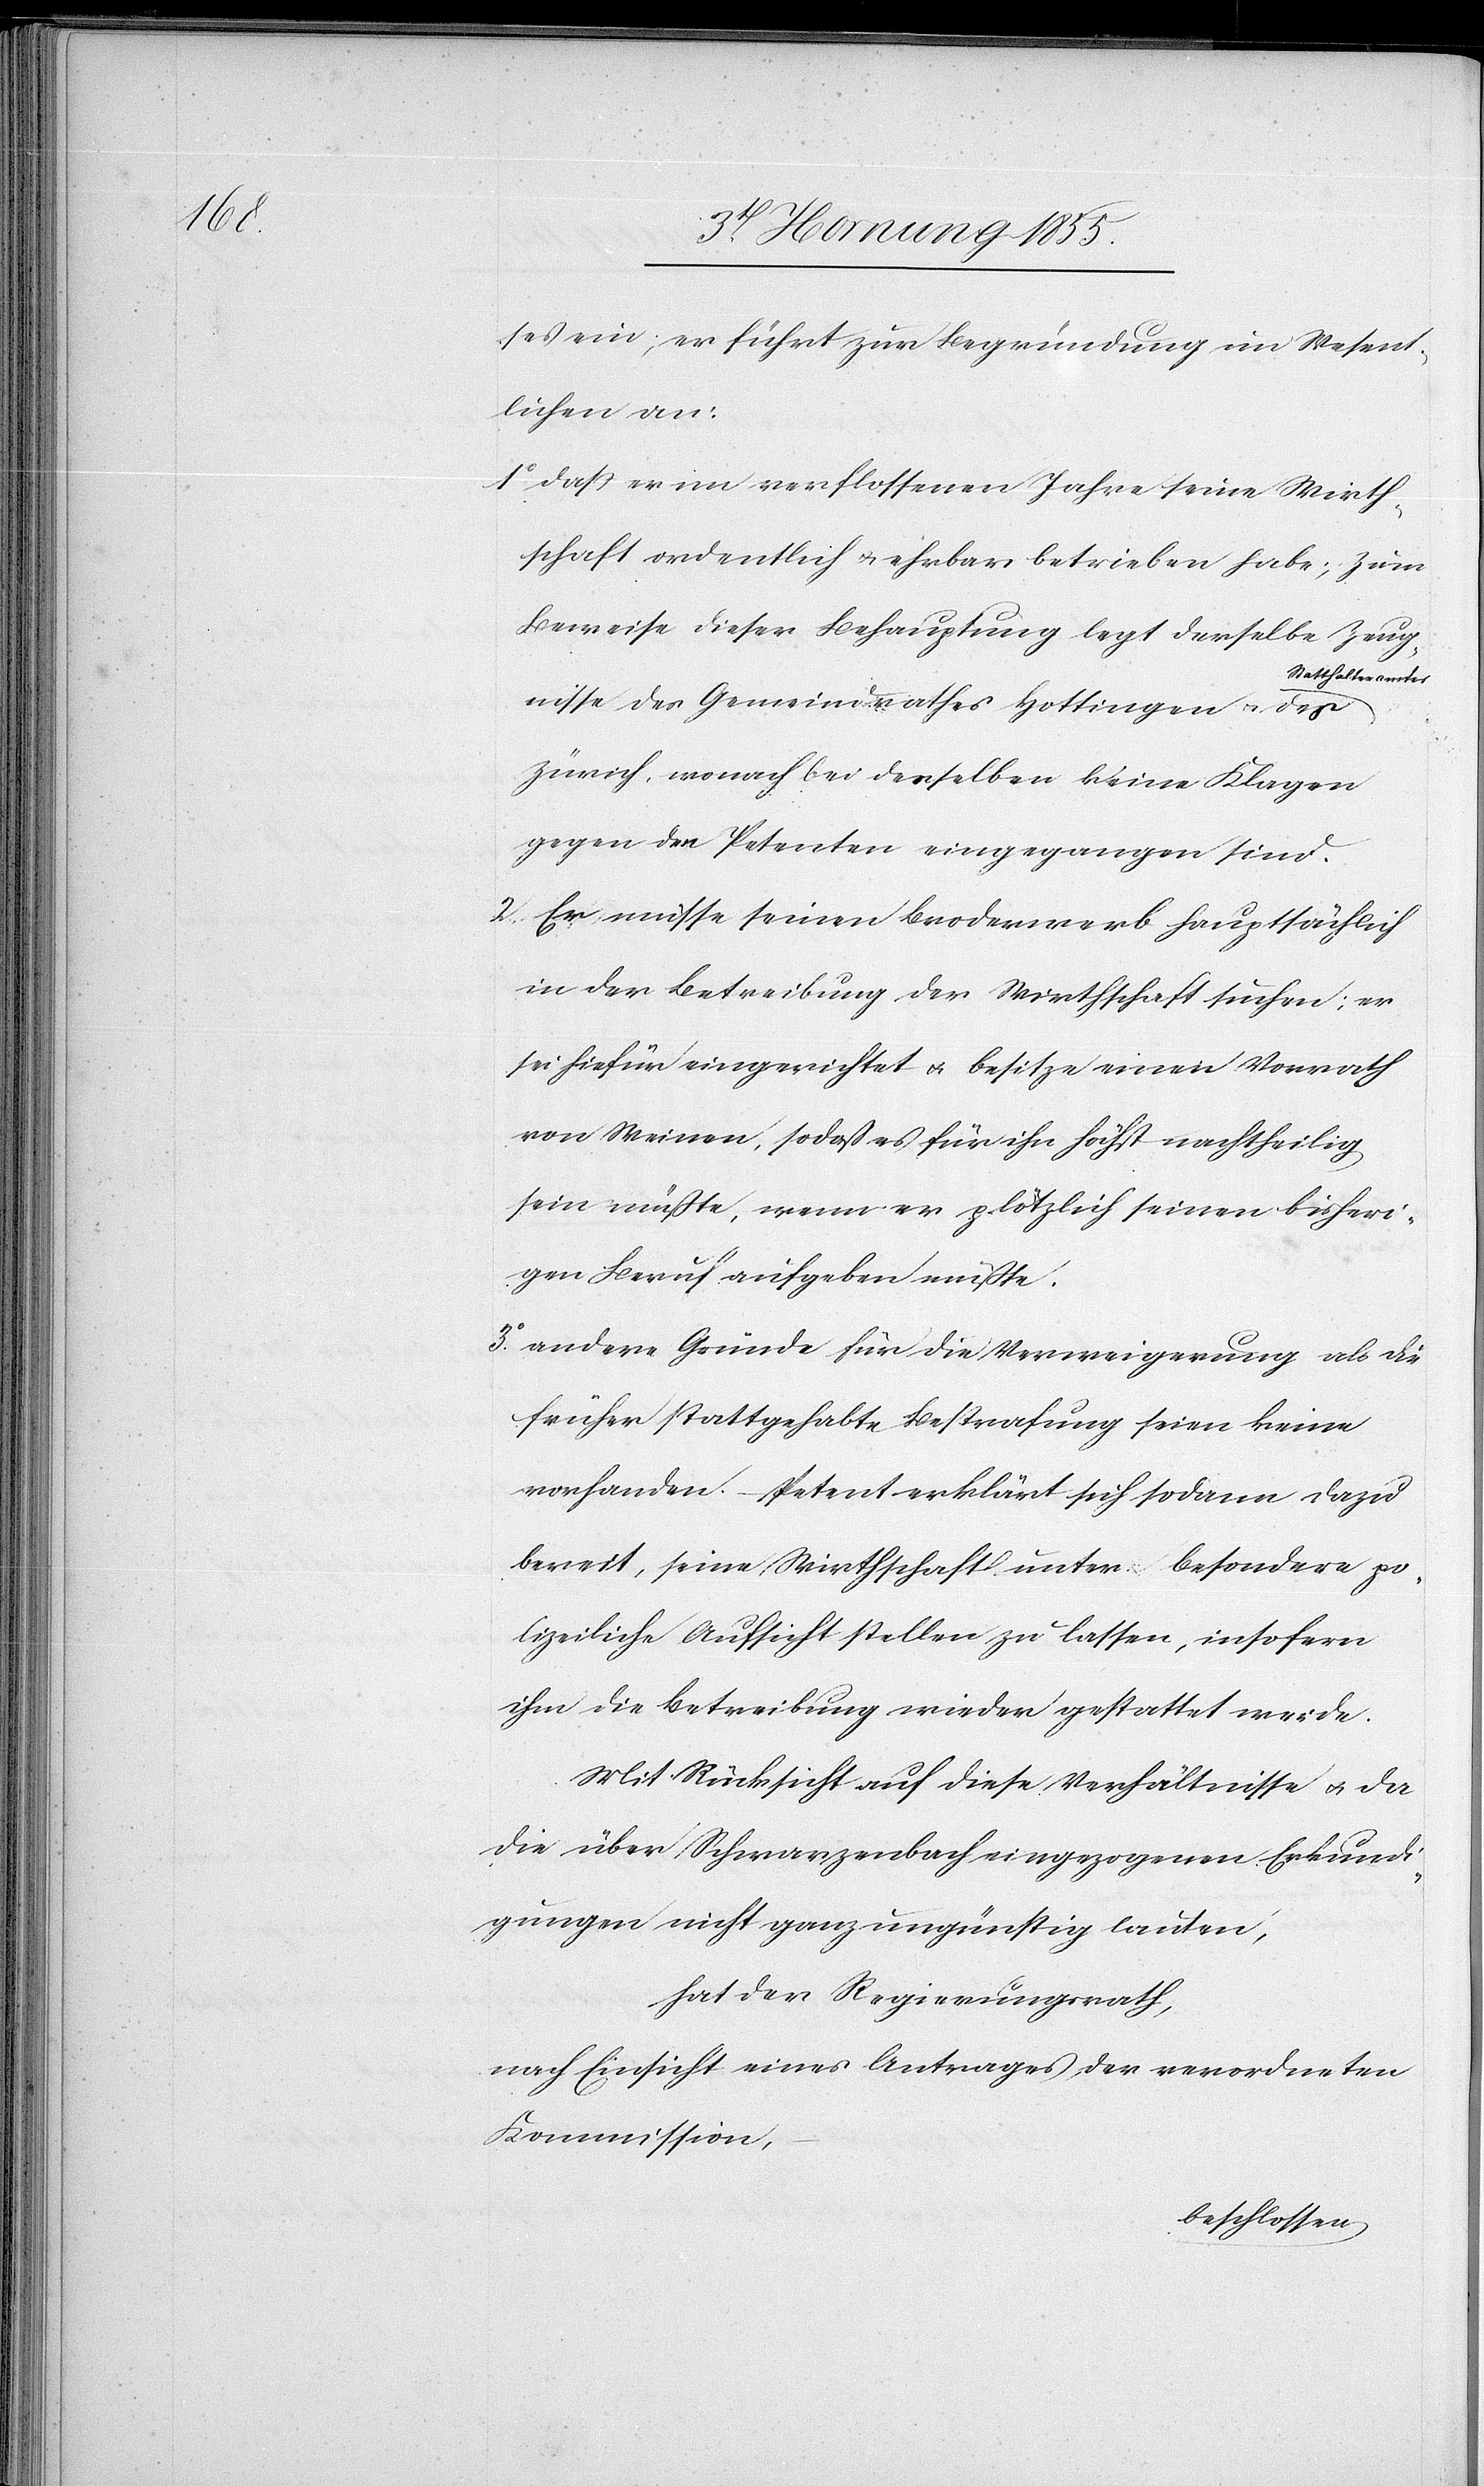
3o.

ses ein; er führt zur Begründung im Wesent¬
lichen an:
daß er im verflossenen Jahre seine Wirth¬
schaft ordentlich & ehrbar betrieben habe; zum
Beweise dieser Behauptung legt derselbe Zeug¬
Statthalteramtes
nisse des Gemeindrathes Hottingen & des
Zürich [vor], wonach bei denselben keine Klagen
gegen den Petenten eingegangen sind.
Er müsse seinen Broderwerb hauptsächlich
in der Betreibung der Wirthschaft suchen; er
sei hiefür eingerichtet & besitze einen Vorrath
von Weinen, sodass es für ihn höchst nachtheilig
sein müßte, wenn er plötzlich seinen bisheri¬
gen Beruf aufgeben müßte.
andere Gründe für die Verweigerung als die
früher stattgehabte Bestrafung seien keine
vorhanden. – Petent erklärt sich sodann dazu
bereit, seine Wirthschaft unter besondere po¬
lizeiliche Aufsicht stellen zu lassen, insofern
ihm die Betreibung wieder gestattet werde.
Mit Rücksicht auf diese Verhältnisse & da
die über Schwarzenbach eingezogenen Erkundi¬
gungen nicht ganz ungünstig lauten,
hat der Regierungsrath;
nach Einsicht eines Antrages der verordneten
Kommission,